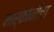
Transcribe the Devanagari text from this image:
मार्कोनीचा